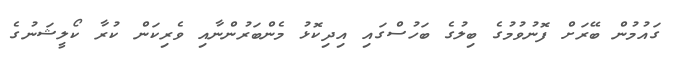
ގައުމުން ބޭރަށް ފޮނުވުމުގެ ބިލުގެ ބަހުސްގައި އިދިކޮޅު މެންބަރުންނާއި ވެރިކަން ކުރާ ކޯލީޝަނުގެ